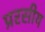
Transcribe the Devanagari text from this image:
प्ररसीय